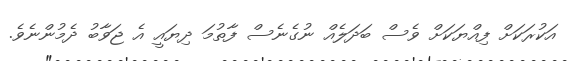
އަކުރަކަށް ފިއްޔަކަށް ވެސް ބަދަލެއް ނުގެނެސް ފާތުމަ ދިޔައީ އެ ޖަވާބު ދެމުންނެވެ.